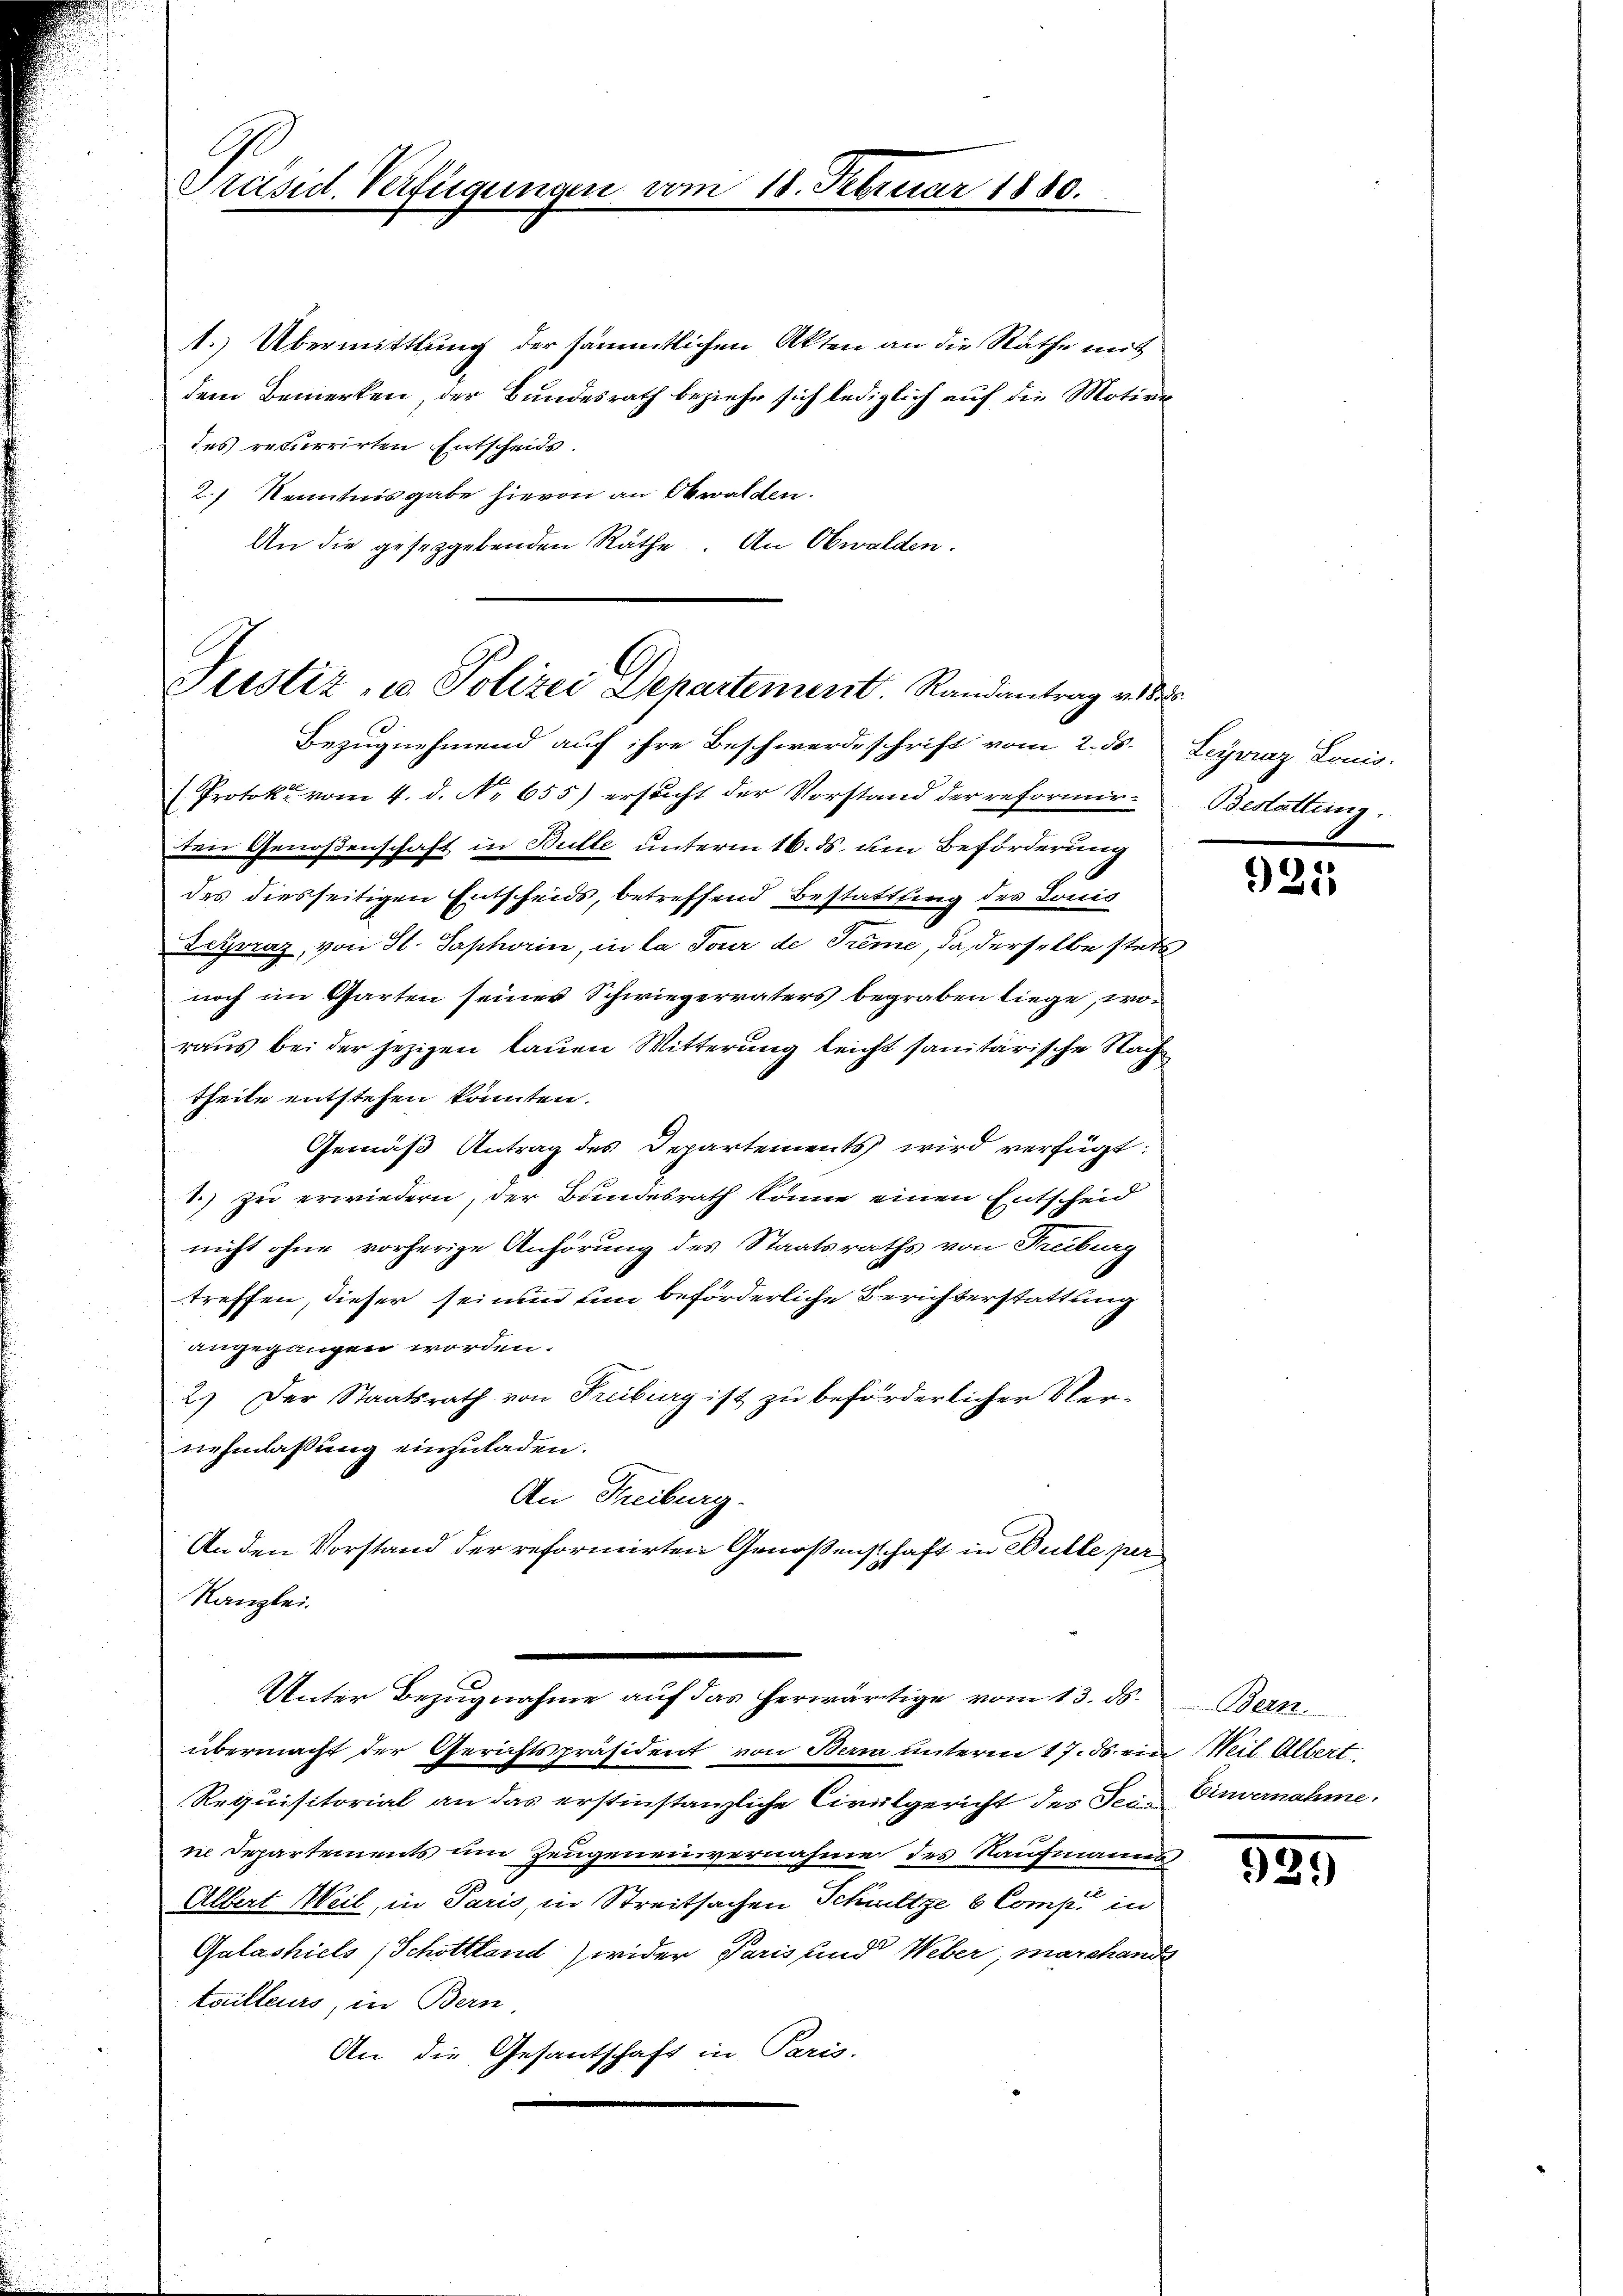
E
Präsid. Verfügungen vom 18. Februar 1880.

1. Übermittlung der sämmtlichen Akten an die Räthe mit
dem Bemerken, der Bundesrath beziehe sich lediglich auf die Motive
des recurrirten Entscheids.
2.) Kenntnisgabe hievon an Obwalden.
An die geseggebenden Räthe. An Obwalden.

Justiz, u. Polizei Departement. Randantrag an d
Bezugnehmend auf ihre Beschwerdeschrift vom 2. 55. Leyvraz Louis-

des diesseitigen Entscheids, betreffend Bestattfing des Louis
Degraz, von St. Saphorin, in la Tour de Treme, da derselbe stets
noch im Garten seines Schwiegervaters begraben liege, woraus bei der jezigen lauen Witterung leicht sanitärische Nach
theile entstehen könnten.
Gemäß Antrag des Departements wird verfügt:
1.) zu erwiedern, der Bundesrath könne einen Entscheid
nicht ohne vorherige Anhörung des Staatsraths von Freiburg
treffen, dieser sei nun um beförderliche Berichterstattung
angegangen worden.
2.) Der Staatsrath von Freiburg ist zu beförderlicher Vernehmlassung einzuladen.
An Freiburg.
An den Vorstand der reformirten Genoßenschaft in Bulle per
Kanzlei.
Unter Bezugnahme auf das herwärtige vom 13. ds.
übermacht der Gerichtspräsident von Bern unterm 17. ds. ein Weil Albert
Requisitorial an das erstinstanzliche Civilgericht des Feine Departements um Zeugeneinvernahme des Kaufmannes
Albert Weil, in Paris, in Streitsachen Schultze b Comp. in
Galashiels (Schottland) wider Paris und Weber, marchand
touilleurs, in Bern
An die Gesantschaft in Paris.

( Protok. vom 4. d. No. 655) ersucht der Vorstand der reformirten Genoßenschaft in Bulle unterm 16. ds. um Beförderung

Bestattung.

921

Bern.
Einvernahme.

389